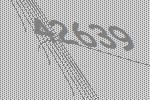
42639